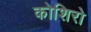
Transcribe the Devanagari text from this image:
कोशिरो